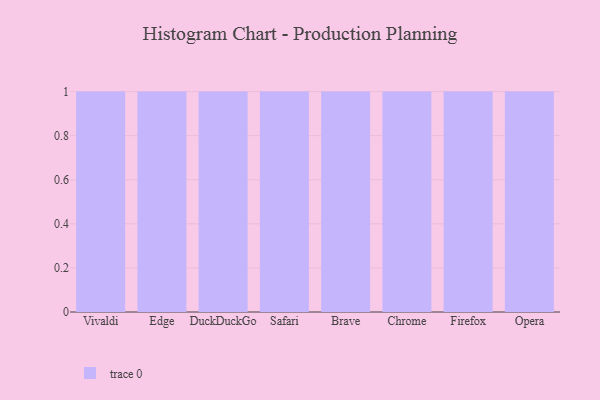
{"axis": {"x": "Browser", "y": "Gross Profit (USD K)"}, "legend": [""], "data": [{"x": "Vivaldi", "y": 88, "type": ""}, {"x": "Edge", "y": 8, "type": ""}, {"x": "DuckDuckGo", "y": 5, "type": ""}, {"x": "Safari", "y": 96, "type": ""}, {"x": "Brave", "y": 82, "type": ""}, {"x": "Chrome", "y": 2, "type": ""}, {"x": "Firefox", "y": 20, "type": ""}, {"x": "Opera", "y": 8, "type": ""}]}